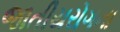
જાતીયરોગના